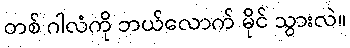
တစ် ဂါလံကို ဘယ်လောက် မိုင် သွားလဲ။